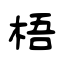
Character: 梧